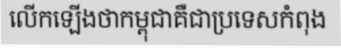
លើកឡើងថាកម្ពុជាគឺជាប្រទេសកំពុង